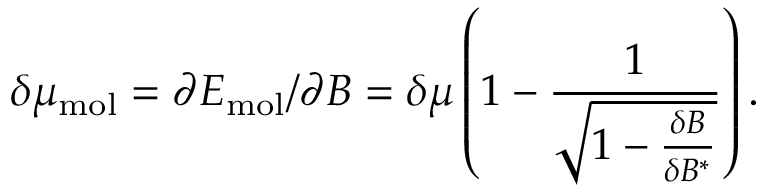
\delta \mu _ { \mathrm { m o l } } = \partial E _ { \mathrm { m o l } } / \partial B = \delta \mu \left( 1 - \frac { 1 } { \sqrt { 1 - \frac { \delta B } { \delta B ^ { * } } } } \right) .